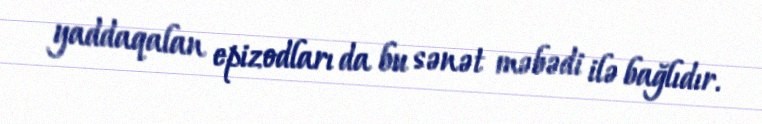
yaddaqalan epizodları da bu sənət məbədi ilə bağlıdır.